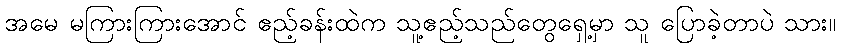
အမေ မကြားကြားအောင် ဧည့်ခန်းထဲက သူ့ဧည့်သည်တွေရှေ့မှာ သူ ပြောခဲ့တာပဲ သား။